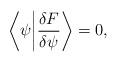
LaTeX: \begin{align*} \bigg\langle \psi \bigg| \frac{\delta F}{\delta \psi}\bigg\rangle = 0 , \end{align*}